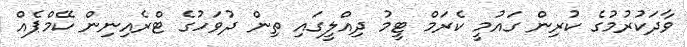
ވާދަކުރުމުގެ ކުރިން ގައުމީ ކެރަމް ޓީމު ދިއްލީގައި ތިން ދުވަހުގެ ޓްރެއިނިން ކޭމްޕެއް